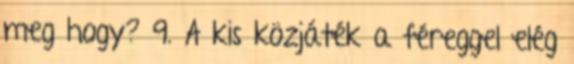
meg hogy? 9. A kis közjáték a féreggel elég